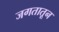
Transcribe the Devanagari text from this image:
जगतातून